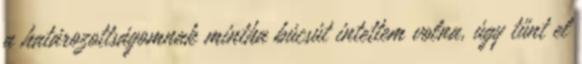
a határozottságomnak mintha búcsút intettem volna, úgy tűnt el